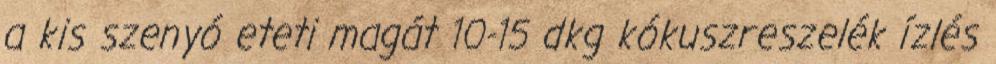
a kis szenyó eteti magát 10-15 dkg kókuszreszelék ízlés